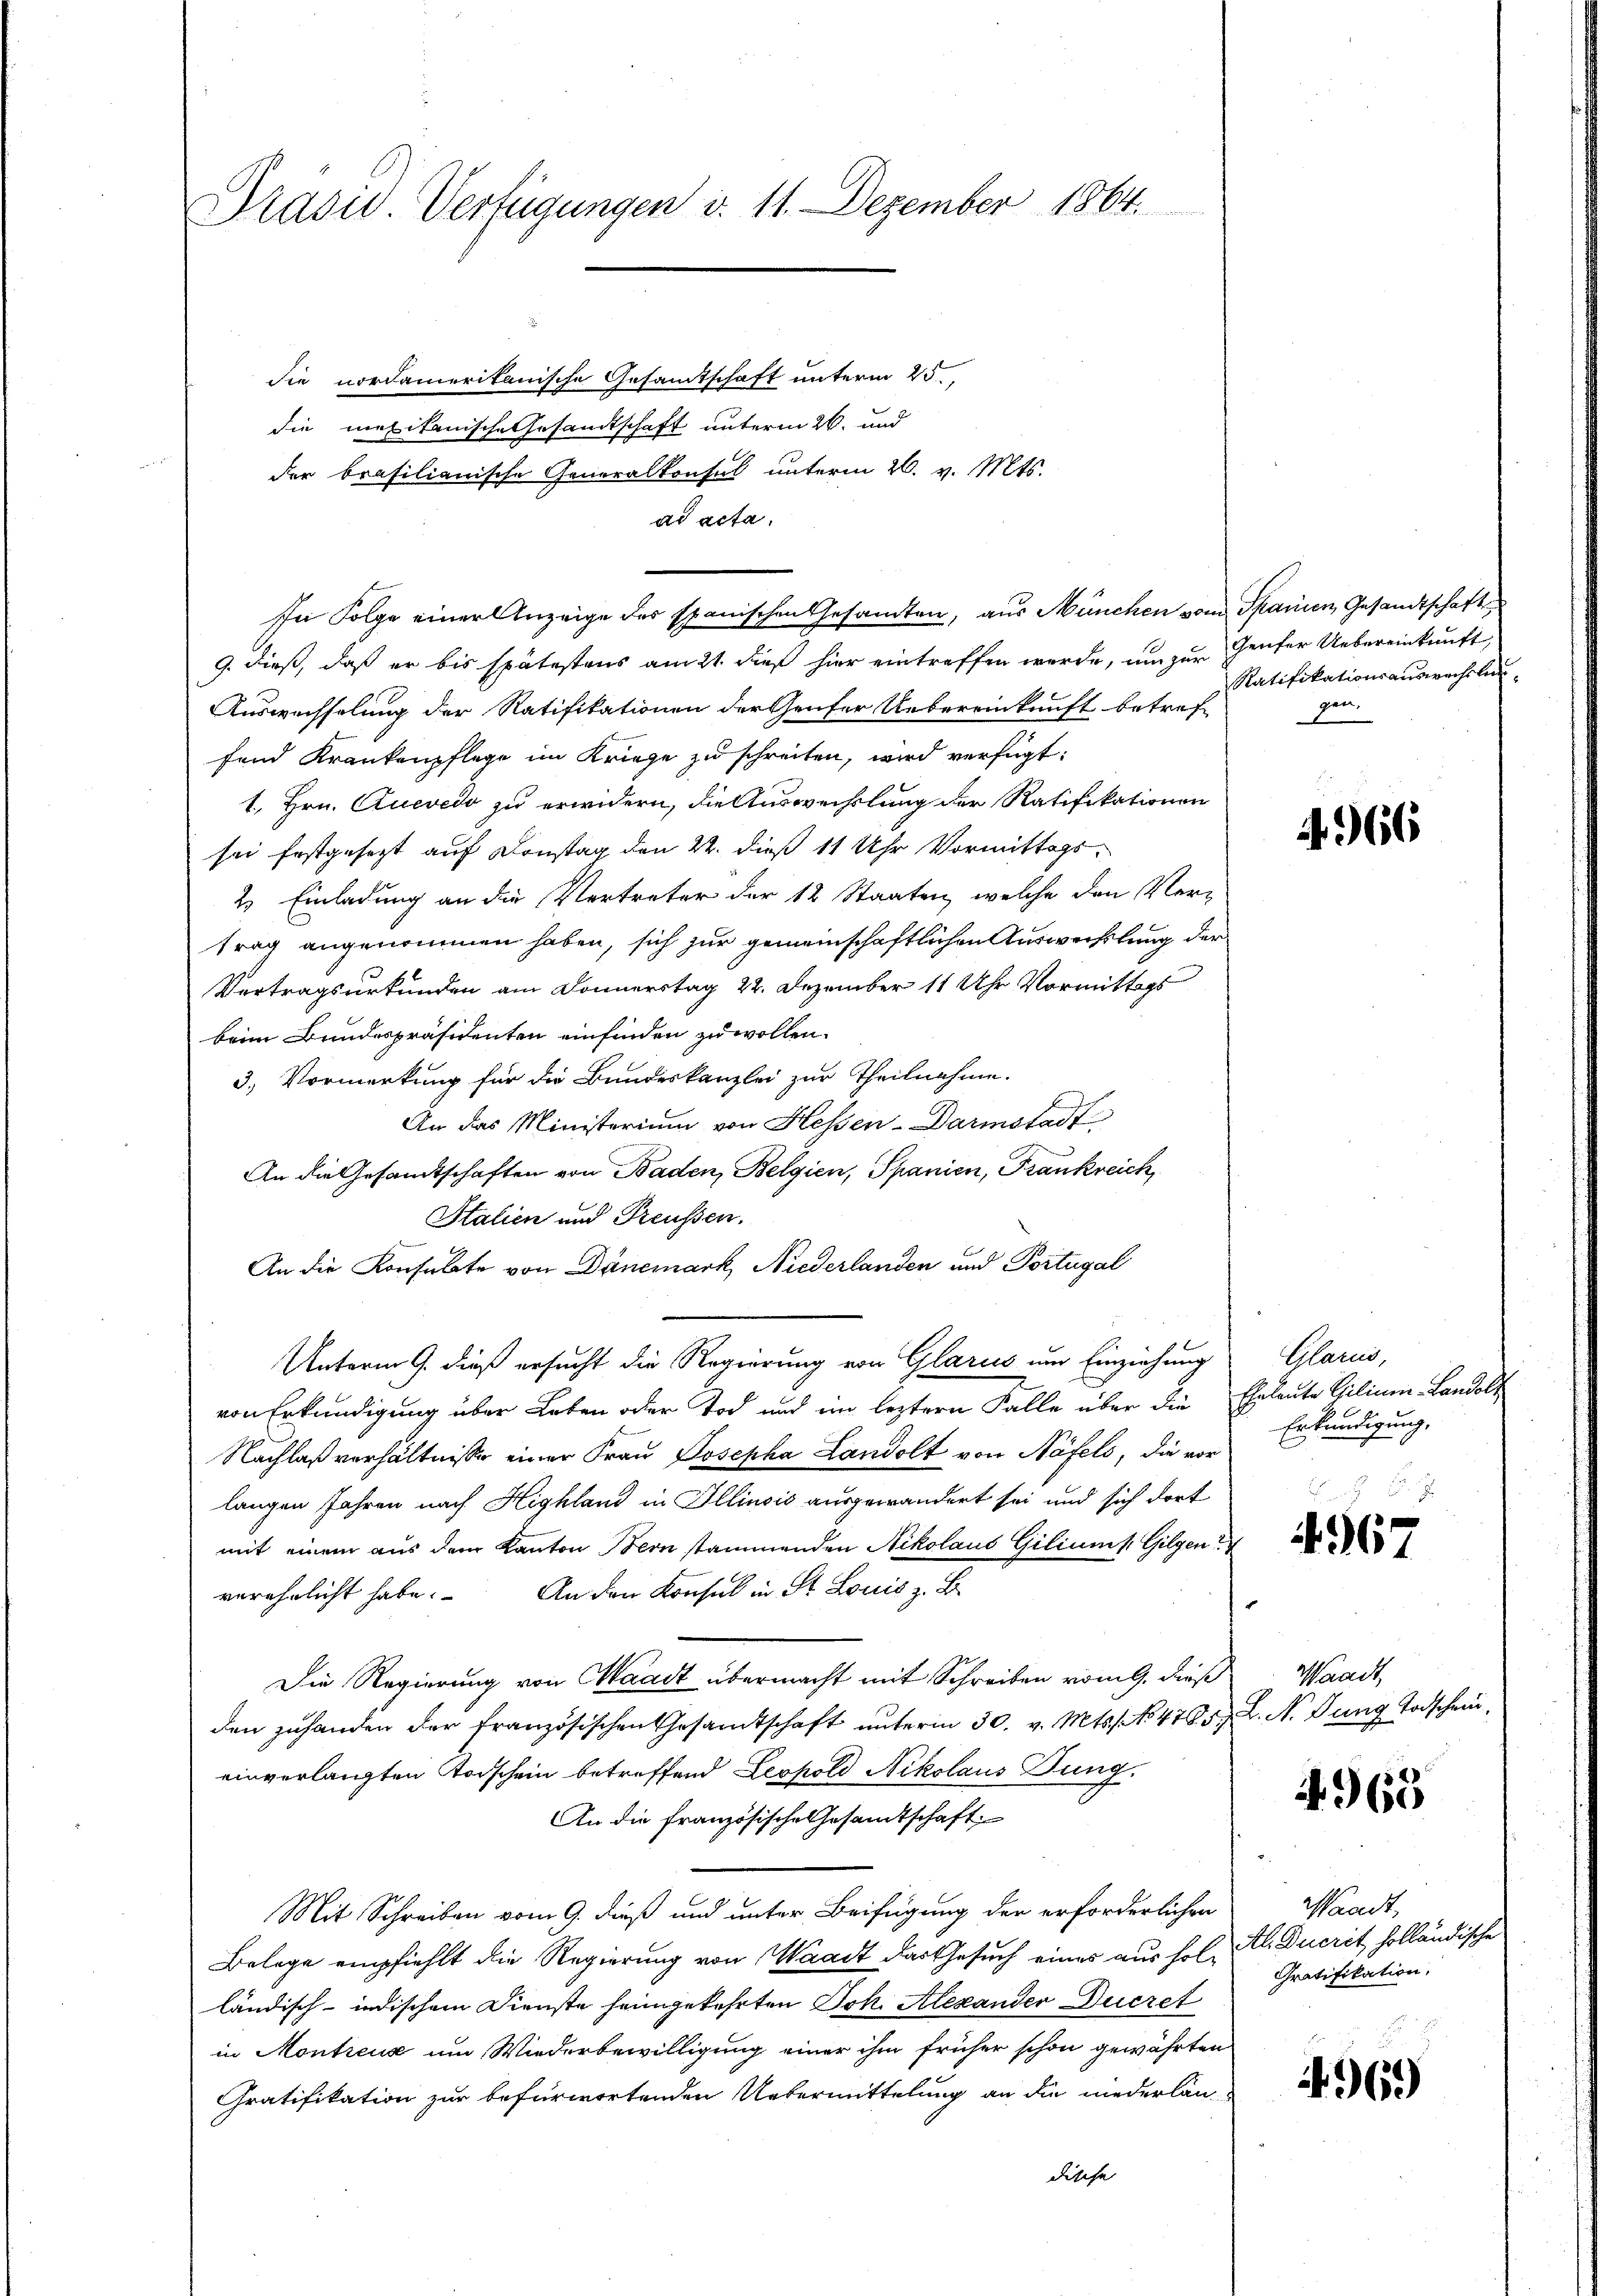
Prasiv. Verfügungen d. 11. Dezember 1864.

die nordamerikanische Gesamtschaft unterm 25.
die mexikanische Gesandtschaft unterm 26. und
der brasilianische Generalkonsul unterm 26. v. Mts.
ad acta.
9. dieß, daß er bis spätestens am 21. dieß hier eintreffen werde, um zur Genfer Uebereinkunft
Auswechselung der Ratifikationen der Genfer Uebereinkunft betref-
fend Krankenpflege im Kriege zu schreiten, wird verfügt:
1., Hrn. Cuevedo zu erwidern, die Auswechslung der Ratifikationen
sei festgesezt auf Konstag den 22. dieß 11 Uhr Vormittags¬
2. Einladung an die Vertreter der 12 Staaten, welche den Vertrag angenommen haben, sich zur gemeinschaftlichen Auswechslung der
Vertragsurkunden am Donnerstag 22. Dezember 11 Uhr Vormittags
beim Bundespräsidenten einfinden zu wollen.
3.) Vormerkung für die Bundeskanzlei zur Theilnahme.
An das Ministerium von Hessen-Darmstadt
An die Gesandtschaften von Baden, Belgien, Spanien, Frankreich
Stalien und Preussen.
An die Konsulate von Danemark, Niederlanden und Portugal
Unterm 9. dieß ersucht die Regierung von Glarus um Einziehung
von Erkundigung über Leben oder Tod und im leztern Falle über die Eheleute Ciliar-Landolt
Nachlaßverhältnisse einer Frau Josepha Landolt von Näfels, die vor
langen Jahren nach Highland in Illinois ausgewandert sei und sich dort
mit einem aus dem Kanton Bern stammenden Nikolaus Giliums Gilgen
verehrlicht habe. An den Konsul in St. Louis z. B.
Die Regierung von Waadt übermacht mit Schreiben vom 9. dieß
den zuhanden der französischen Gesandtschaft unterm 30. v. Mts. No 475. L. N. Jung Todschein
einverlangten Todschein betreffend Leopold Nikolaus Dung.
An die französische Gesamtschaft:
Mit Schreiben vom 9. dieß und unter Beifügung der erforderlichen
Belege empfiehlt die Regierung von Waadt das Gesuch eines aus fol. Al. Ducrit holländische
ländisch-indischem Dienste heimgekehrten Joh. Alexander Ducret
in Montreux um Wiederbewilligung einer ihm früher schon gewährten
Gratifikation zur befürwortenden Uebermittelung an die niederländische

se Folge einer Anzeige des spanischen Gesandten, aus München vom Spanien Gesandtschaft

Ratifikationsauswachslungen.

66

Glarus,
Erkundigung.
.
.

4967

Waadt,

4965

Waadt,
Gratifikation,

969)